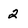
Character: 2